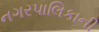
નગરપાલિકાની